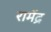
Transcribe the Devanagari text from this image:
रामेंद्र